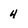
Character: 4